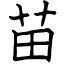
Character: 苗